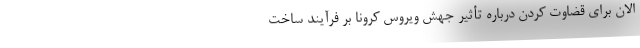
الان برای قضاوت کردن درباره تأثیر جهش‌‌ ویروس کرونا بر فرآیند ساخت